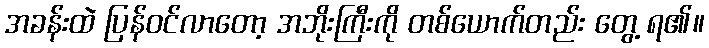
အခန်းထဲ ပြန်ဝင်လာတော့ အဘိုးကြီးကို တစ်ယောက်တည်း တွေ့ ရ၏။